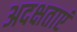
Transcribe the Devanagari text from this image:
अदक्षताएं